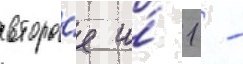
второ́е и́ 1 -